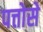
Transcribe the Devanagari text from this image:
पत्तोसे